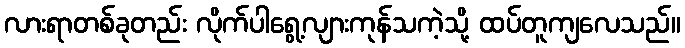
လားရာတစ်ခုတည်း လိုက်ပါရွေ့လျားကုန်သကဲ့သို့ ထပ်တူကျလေသည်။